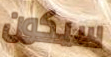
سيكون